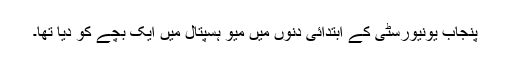
پنجاب یونیورسٹی کے ابتدائی دنوں میں میو ہسپتال میں ایک بچے کو دیا تھا۔